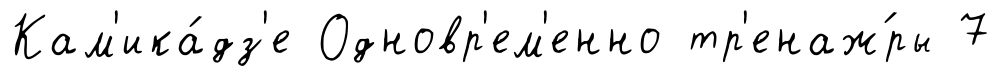
Кам'ика́дз'е Одновр'ем'енно тр'енаж́ры 7